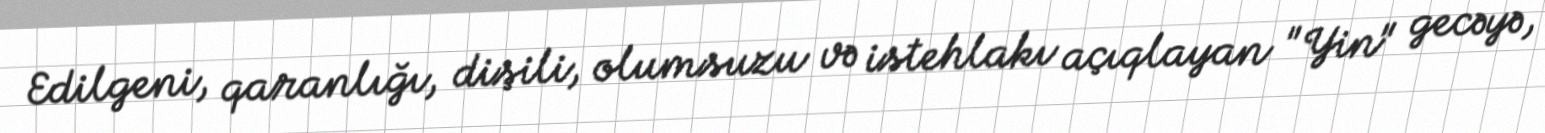
Edilgeni, qaranlığı, dişili, olumsuzu və istehlakı açıqlayan "Yin" gecəyə,